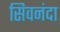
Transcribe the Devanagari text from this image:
सिवनंदा